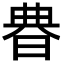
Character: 𣇺